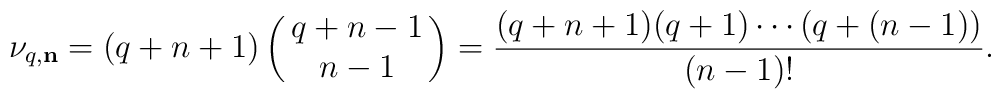
\nu_{q,{\bf n}}=(q+n+1)\left(    \matrix       {q+n-1 \cr        n-1 \cr}  \right)={(q+n+1)(q+1)\cdots\bigl(q+(n-1)\bigr)\over (n-1)!}.